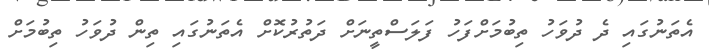
އެތަނުގައި ދެ ދުވަހު ތިބުމަށްފަހު ފަލަސްތީނަށް ދަތުރުކޮށް އެތަނުގައި ތިން ދުވަހު ތިބުމަށް